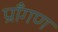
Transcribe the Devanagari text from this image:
प्राँगण